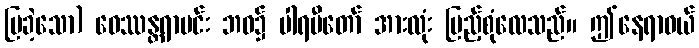
ပြခဲ့သော) ဝေဿန္တရာမင်း ဘဝ၌ ပါရမီတော် အားလုံး ပြည့်စုံလေသည်။ ဤနေရာဝယ်